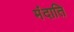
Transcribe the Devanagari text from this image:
मंदाति